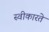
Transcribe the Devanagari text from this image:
स्‍वीकारते